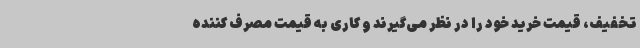
تخفیف، قیمت خرید خود را در نظر می‌گیرند و کاری به قیمت مصرف کننده